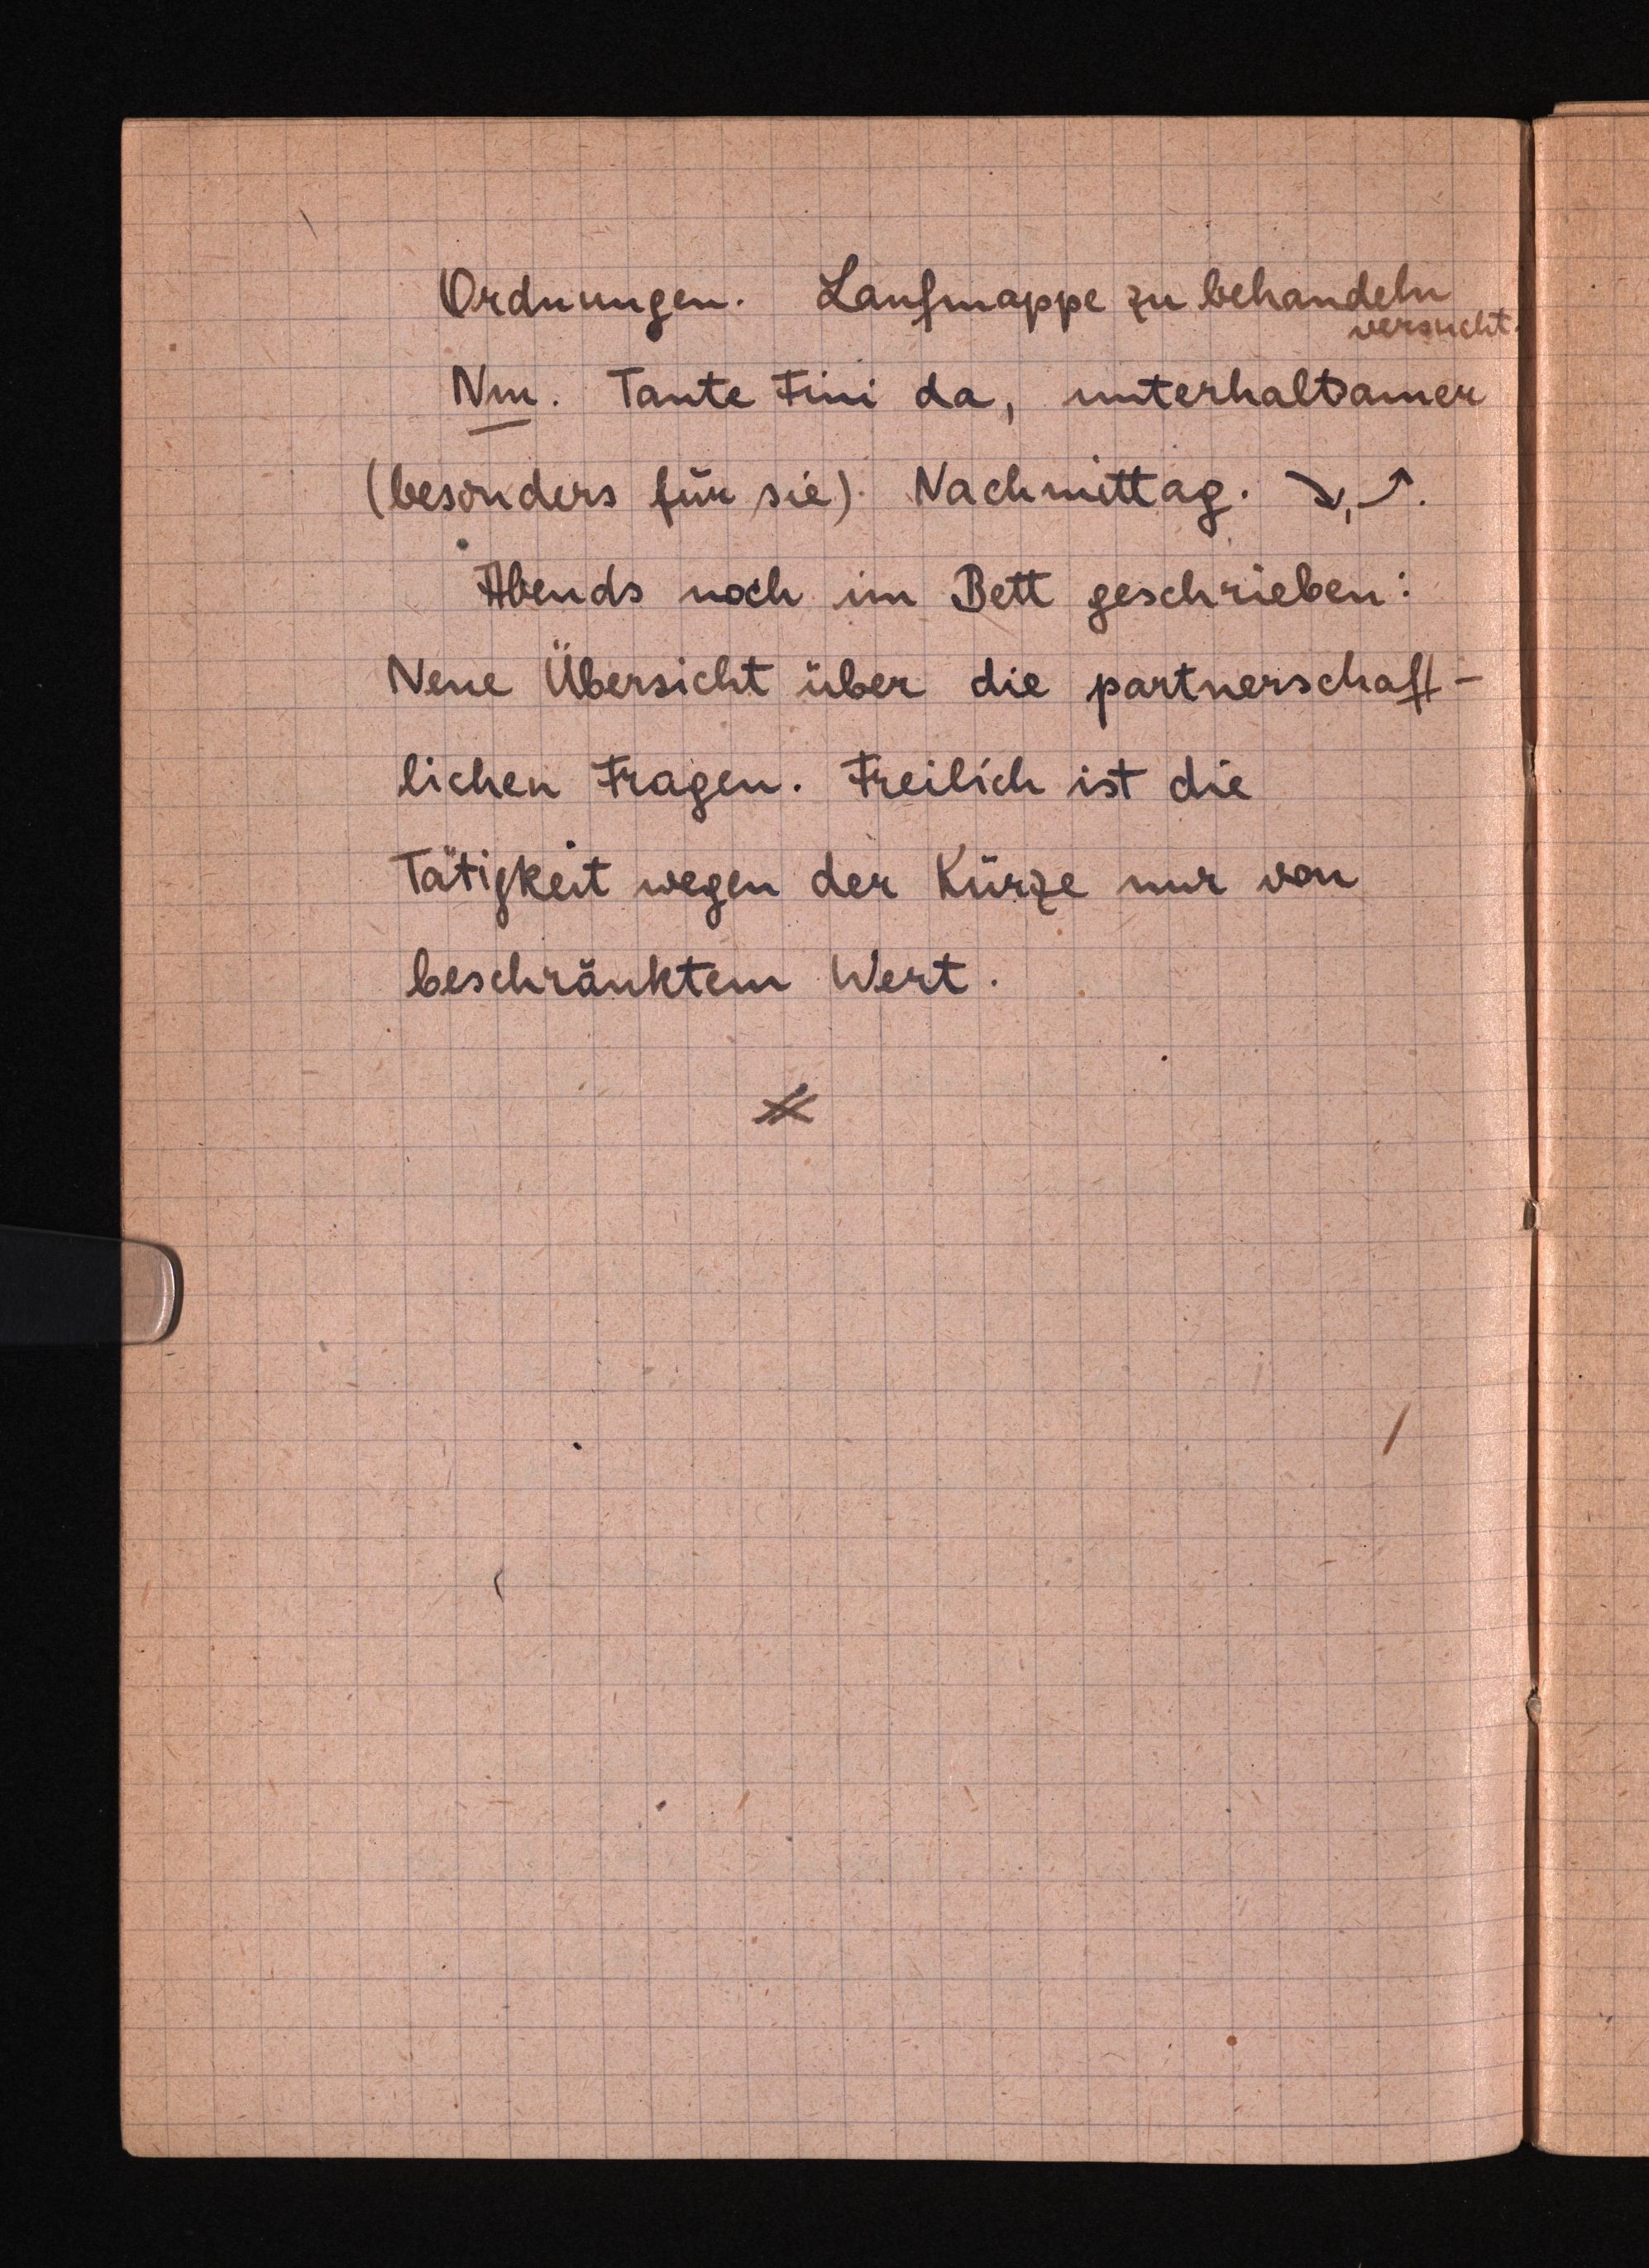
Ordnungen. Laufmappe zu behandeln
versucht.
Nm. Tante Fini da, unterhaltsamer
(besonders fürsie) Nachmittag. ↘, ↗.
Abends noch im Bett geschrieben:
Neue Übersicht über die partnerschaft¬
lichen Fragen. Freilich ist die
Tägigkeit wegen der Kürzenur von
beschränktem Wert